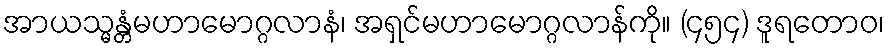
အာယသ္မန္တံမဟာမောဂ္ဂလာနံ၊ အရှင်မဟာမောဂ္ဂလာန်ကို။ (၄၅၄) ဒူရတောဝ၊